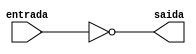
// Nome: Andre Sulivam 391998
// Guia 08 ex04

module notnand (saida,entrada);
	input entrada;
	output saida;
	
	nand NAND1 (saida,entrada);
endmodule //end notnand


module andnand (saida,e1,e2,e3);
	input e1,e2,e3;
	output saida;
	wire w1;
	
	nand NAND1 (w1,e1,e2,e3);
	nand NAND2 (saida,w1);
endmodule // end andnand


module ornand (saida,e1,e2,e3);
	input e1,e2,e3;
	output saida;
	wire w1,w2,w3;
	
	nand NAND1 (w1,e1);
	nand NAND2 (w2,e2);
	nand NAND3 (w3,e3);
	nand NAND4 (saida,w1,w2,w3);
endmodule// end ornand

module andnand2 (saida,e1,e2);
	input e1,e2;
	output saida;
	wire w1;
	
	nand NAND1 (w1,e1,e2);
	nand NAND2 (saida,w1);
endmodule //end andnand2	

module guia08;
	reg a,b,c,d;
	wire w1,w2,w3,w4,w5,w6,w7,w8;
	
	notnand NN1 (w1,a);
	notnand NN2 (w2,b);
	notnand NN3 (w3,c);
	notnand NN4 (w4,d);
	
	andnand2 AN1 (w5,w1,c);
	andnand AN2 (w6,a,b,w4);
	andnand AN3 (w7,a,w2,c);
	ornand ON1 (w8,w5,w6,w7);
	
initial begin:start
end

initial begin:main
 $display("Andre Sulivam 391998");
      $display("Guia 08 Ex:04\n");

$display ("a b c d = s\n");
	#1	a = 0; b= 0; c = 0; d = 0;
	$monitor ("%b %b %b %b = %b", a,b,c,d,		 w8);
	#1 a = 1;
	#1 a = 0; b = 1;
	#1 b = 0; c = 1;
	#1 c = 0; d = 1;
	#1 d = 0;
	#1 a = 1; b = 1; c = 1; d = 1;
	#1 a = 0; c = 0;
	#1 a = 1; c = 1;
	
end
endmodule

/*

    
    Andre Sulivam 391998
    Guia 08 Ex:04
    
    a b c d = s
    
    0 0 0 0 = 0
    1 0 0 0 = 0
    0 1 0 0 = 0
    0 0 1 0 = 1
    0 0 0 1 = 0
    0 0 0 0 = 0
    1 1 1 1 = 0
    0 1 0 1 = 0
    1 1 1 1 = 0

*/